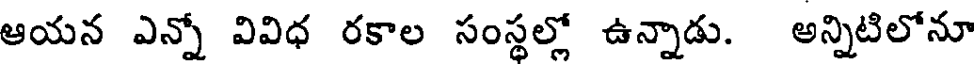
ఆయన ఎన్నో వివిధ రకాల సంస్థల్లో ఉన్నాడు. అన్నిటిలోనూ